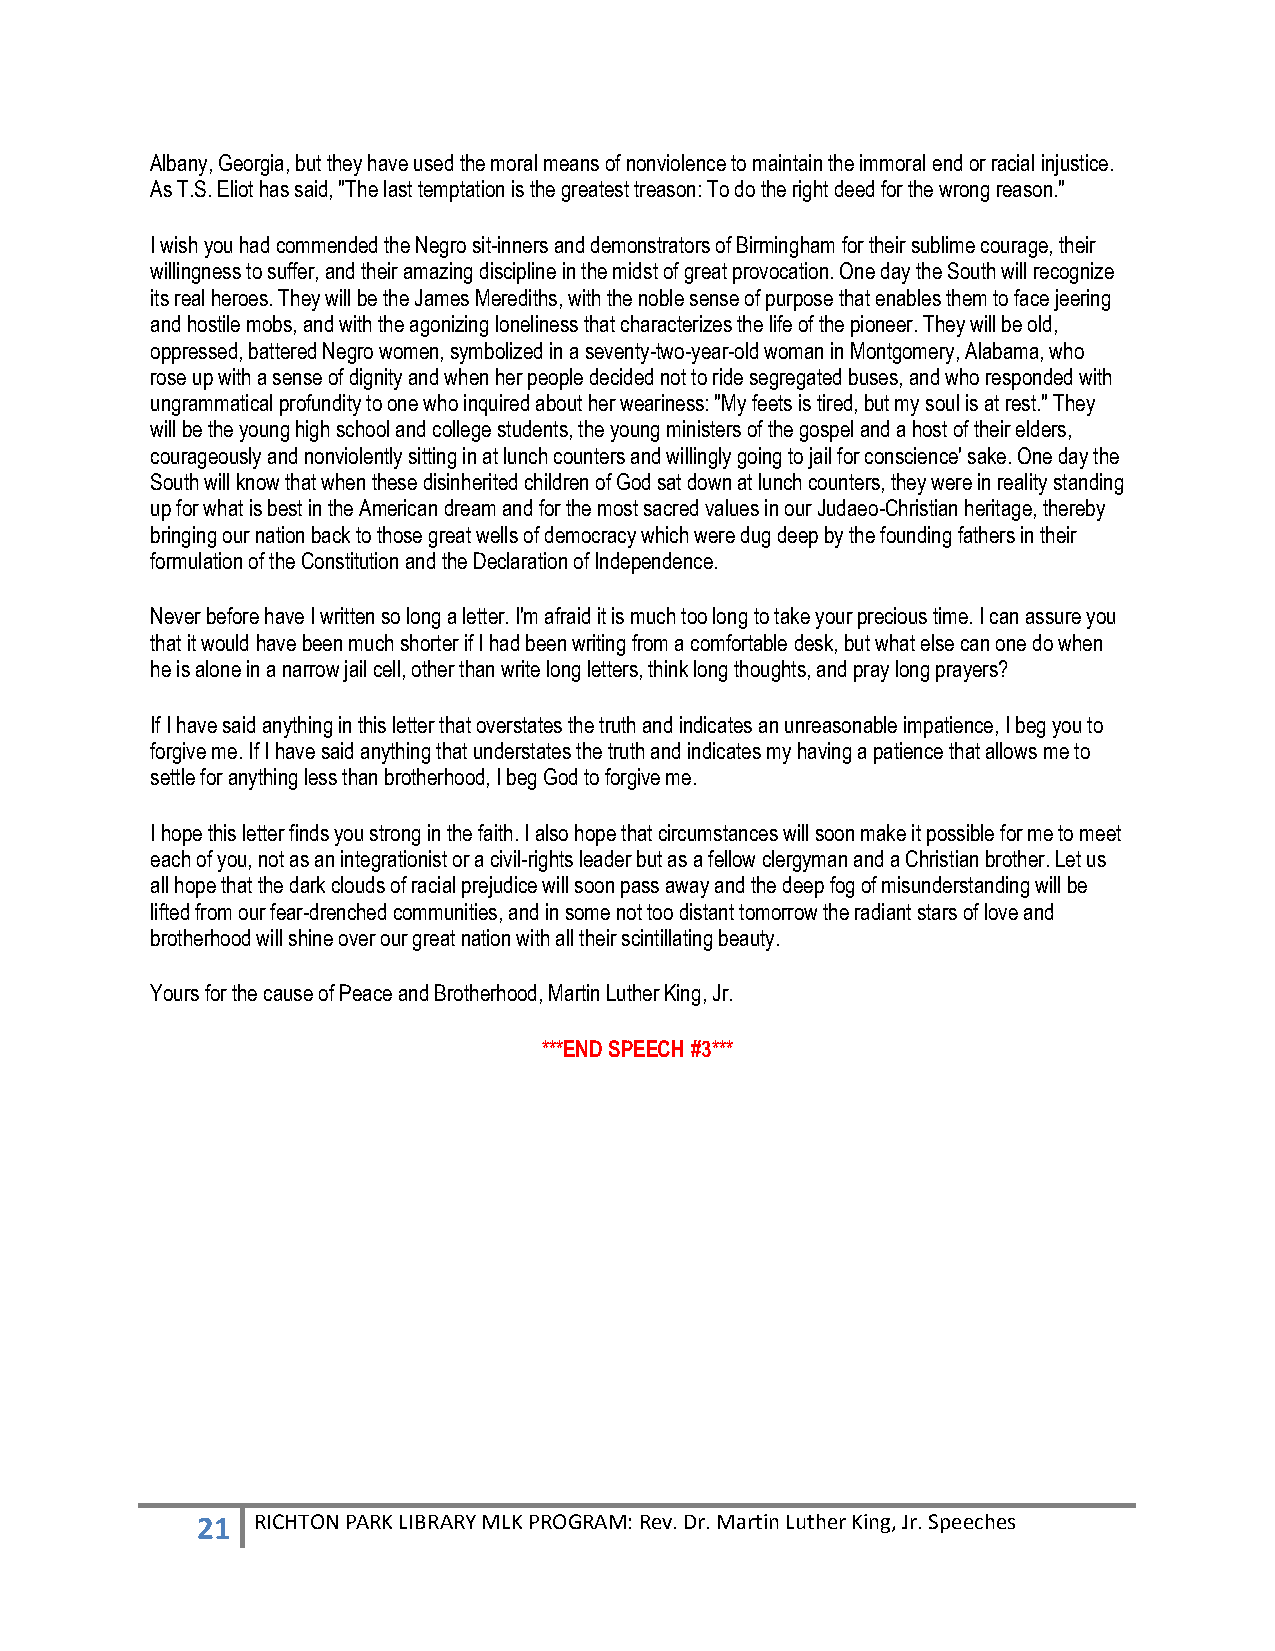
Albany, Georgia, but they have used the moral means of nonviolence to maintain the immoral end or racial injustice.
 As T.S. Eliot has said, "The last temptation is the greatest treason: To do the right deed for the wrong reason."
 I wish you had commended the Negro sit-inners and demonstrators of Birmingham for their sublime courage, their
 willingness to suffer, and their amazing discipline in the midst of great provocation. One day the South will recognize
 its real heroes. They will be the James Merediths, with the noble sense of purpose that enables them to face jeering
 and hostile mobs, and with the agonizing loneliness that characterizes the life of the pioneer. They will be old,
 oppressed, battered Negro women, symbolized in a seventy-two-year-old woman in Montgomery, Alabama, who
 rose up with a sense of dignity and when her people decided not to ride segregated buses, and who responded with
 ungrammatical profundity to one who inquired about her weariness: "My feets is tired, but my soul is at rest." They
 will be the young high school and college students, the young ministers of the gospel and a host of their elders,
 courageously and nonviolently sitting in at lunch counters and willingly going to jail for conscience' sake. One day the
 South will know that when these disinherited children of God sat down at lunch counters, they were in reality standing
 up for what is best in the American dream and for the most sacred values in our Judaeo-Christian heritage, thereby
 bringing our nation back to those great wells of democracy which were dug deep by the founding fathers in their
 formulation of the Constitution and the Declaration of Independence.
 Never before have I written so long a letter. I'm afraid it is much too long to take your precious time. I can assure you
 that it would have been much shorter if I had been writing from a comfortable desk, but what else can one do when
 he is alone in a narrow jail cell, other than write long letters, think long thoughts, and pray long prayers?
 If I have said anything in this letter that overstates the truth and indicates an unreasonable impatience, I beg you to
 forgive me. If I have said anything that understates the truth and indicates my having a patience that allows me to
 settle for anything less than brotherhood, I beg God to forgive me.
 I hope this letter finds you strong in the faith. I also hope that circumstances will soon make it possible for me to meet
 each of you, not as an integrationist or a civil-rights leader but as a fellow clergyman and a Christian brother. Let us
 all hope that the dark clouds of racial prejudice will soon pass away and the deep fog of misunderstanding will be
 lifted from our fear-drenched communities, and in some not too distant tomorrow the radiant stars of love and
 brotherhood will shine over our great nation with all their scintillating beauty.
 Yours for the cause of Peace and Brotherhood, Martin Luther King, Jr.
 ***END SPEECH #3***
 21  RICHTON PARK LIBRARY MLK PROGRAM: Rev. Dr. Martin Luther King, Jr. Speeches